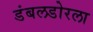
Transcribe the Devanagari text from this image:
डंबलडोरला